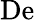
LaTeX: \mathrm{De}